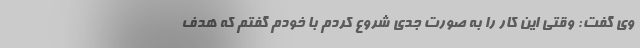
وی گفت: وقتی این کار را به صورت جدی شروع کردم با خودم گفتم که هدف